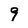
Character: 9